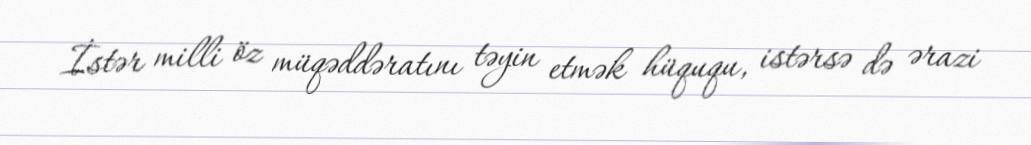
İstər milli öz müqəddəratını təyin etmək hüququ, istərsə də ərazi